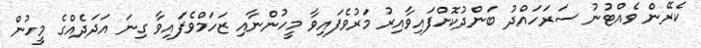
ކެރޭން ވެއްޓުނު ސަރަހައްދު ބަންދުކޮށްފައިވާއިރު މަރުވެފައިވާ މީހުންނާއި ޒަހަމްވެފައިވާ ގިނަ އަދަދެއްގެ މީހުން